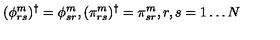
( \phi _ { r s } ^ { m } ) ^ { \dagger } = \phi _ { s r } ^ { m } , ( \pi _ { r s } ^ { m } ) ^ { \dagger } = \pi _ { s r } ^ { m } , r , s = 1 \ldots N